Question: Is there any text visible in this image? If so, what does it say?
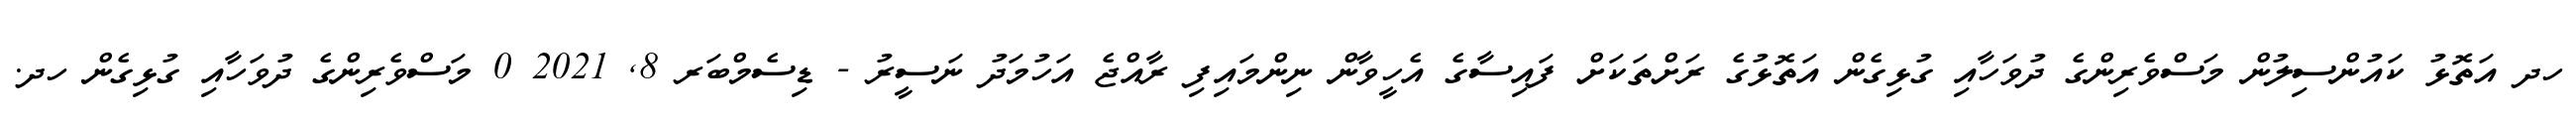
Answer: ހދ އަތޮޅު ކައުންސިލުން މަސްވެރިންގެ ދުވަހާއި ގުޅިގެން އަތޮޅުގެ ރަށްތަކަށް ފައިސާގެ އެހީވާން ނިންމައިފި ރާއްޖެ އަހުމަދު ނަސީރު - ޑިސެމްބަރ 8, 2021 0 މަސްވެރިންގެ ދުވަހާއި ގުޅިގެން ހދ.